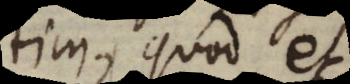
ratim, quod et